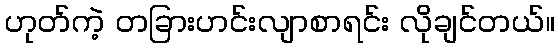
ဟုတ်ကဲ့ တခြားဟင်းလျာစာရင်း လိုချင်တယ်။